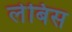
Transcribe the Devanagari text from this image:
लेबिस